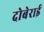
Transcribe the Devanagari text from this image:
दोबेराई